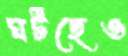
ঘটছেও